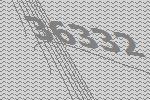
36332